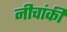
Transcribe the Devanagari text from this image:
नीचांकी